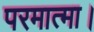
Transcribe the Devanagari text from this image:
परमात्मा।